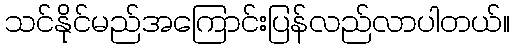
သင်နိုင်မည်အကြောင်းပြန်လည်လာပါတယ်။